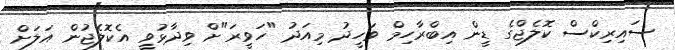
ސައިރިކްސް ކޮލެޖްގެ ޑީން އިބްރާހިމް ވަހީދު މިއަދު "ހަވީރަ"ށް ވިދާޅުވީ އެކޮލެޖުން އަލަށް